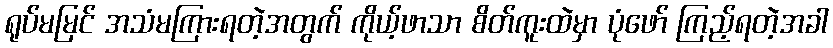
ရုပ်မမြင် အသံမကြားရတဲ့အတွက် ကိုယ့်ဖာသာ စိတ်ကူးထဲမှာ ပုံဖော် ကြည့်ရတဲ့အခါ